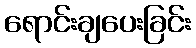
ရောင်းချပေးခြင်း